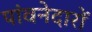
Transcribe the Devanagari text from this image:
पांवनेदारों